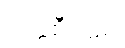
ပတ္တစီဝရေ